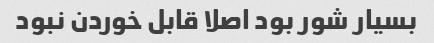
بسیار شور بود اصلا قابل خوردن نبود